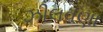
ઝીલવણા